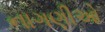
નાગણીઓ